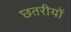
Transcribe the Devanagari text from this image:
छतरीयों